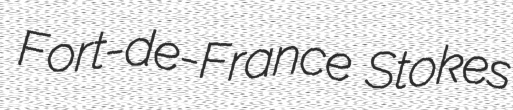
Fort-de-France Stokes